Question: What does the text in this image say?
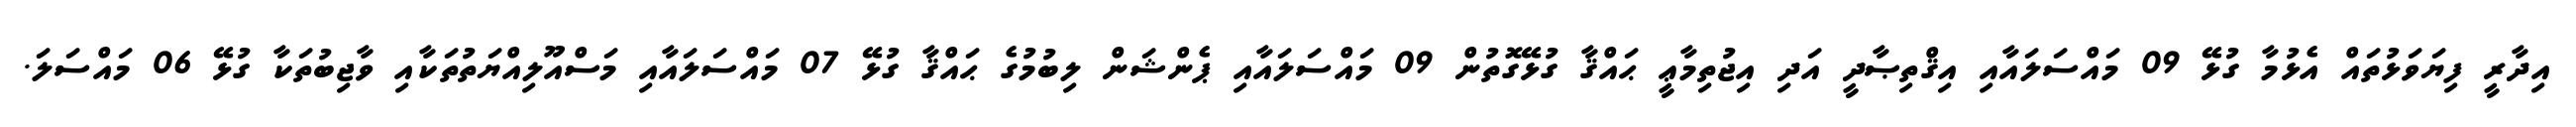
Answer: އިދާރީ ފިޔަވަޅުތައް އެޅުމާ ގުޅޭ 09 މައްސަލައާއި އިޤްތިޞާދީ އަދި އިޖުތިމާޢީ ޙައްޤާ ގުޅޭގޮތުން 09 މައްސަލައާއި ޕެންޝަން ލިބުމުގެ ޙައްޤާ ގުޅޭ 07 މައްސަލައާއި މަސްއޫލިއްޔަތުތަކާއި ވާޖިބުތަކާ ގުޅޭ 06 މައްސަލަ.